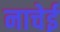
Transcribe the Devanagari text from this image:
नाचेई